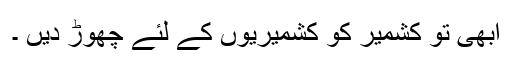
ابھی تو کشمیر کو کشمیریوں کے لئے چھوڑ دیں ۔